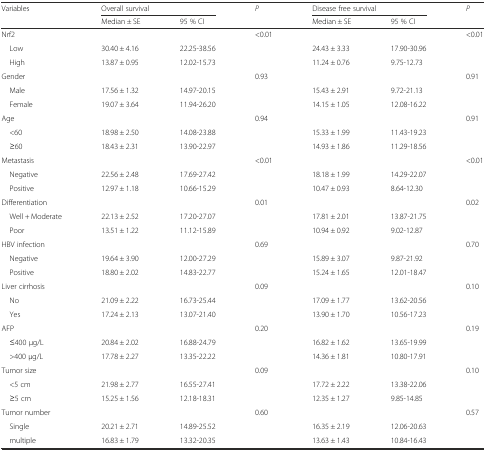
<table><thead><tr><td><b>Variables</b></td><td colspan="2"><b>Overall survival</b></td><td><b><i>P</i></b></td><td colspan="2"><b>Disease free survival</b></td><td><b><i>P</i></b></td></tr><tr><td></td><td><b>Median ± SE</b></td><td><b>95 % CI</b></td><td></td><td><b>Median ± SE</b></td><td><b>95 % CI</b></td><td></td></tr></thead><tbody><tr><td>Nrf2</td><td></td><td></td><td>&lt;0.01</td><td></td><td></td><td>&lt;0.01</td></tr><tr><td> Low</td><td>30.40 ± 4.16</td><td>22.25-38.56</td><td></td><td>24.43 ± 3.33</td><td>17.90-30.96</td><td></td></tr><tr><td> High</td><td>13.87 ± 0.95</td><td>12.02-15.73</td><td></td><td>11.24 ± 0.76</td><td>9.75-12.73</td><td></td></tr><tr><td>Gender</td><td></td><td></td><td>0.93</td><td></td><td></td><td>0.91</td></tr><tr><td> Male</td><td>17.56 ± 1.32</td><td>14.97-20.15</td><td></td><td>15.43 ± 2.91</td><td>9.72-21.13</td><td></td></tr><tr><td> Female</td><td>19.07 ± 3.64</td><td>11.94-26.20</td><td></td><td>14.15 ± 1.05</td><td>12.08-16.22</td><td></td></tr><tr><td>Age</td><td></td><td></td><td>0.94</td><td></td><td></td><td>0.91</td></tr><tr><td> &lt;60</td><td>18.98 ± 2.50</td><td>14.08-23.88</td><td></td><td>15.33 ± 1.99</td><td>11.43-19.23</td><td></td></tr><tr><td> ≥60</td><td>18.43 ± 2.31</td><td>13.90-22.97</td><td></td><td>14.93 ± 1.86</td><td>11.29-18.56</td><td></td></tr><tr><td>Metastasis</td><td></td><td></td><td>&lt;0.01</td><td></td><td></td><td>&lt;0.01</td></tr><tr><td> Negative</td><td>22.56 ± 2.48</td><td>17.69-27.42</td><td></td><td>18.18 ± 1.99</td><td>14.29-22.07</td><td></td></tr><tr><td> Positive</td><td>12.97 ± 1.18</td><td>10.66-15.29</td><td></td><td>10.47 ± 0.93</td><td>8.64-12.30</td><td></td></tr><tr><td>Differentiation</td><td></td><td></td><td>0.01</td><td></td><td></td><td>0.02</td></tr><tr><td> Well + Moderate</td><td>22.13 ± 2.52</td><td>17.20-27.07</td><td></td><td>17.81 ± 2.01</td><td>13.87-21.75</td><td></td></tr><tr><td> Poor</td><td>13.51 ± 1.22</td><td>11.12-15.89</td><td></td><td>10.94 ± 0.92</td><td>9.02-12.87</td><td></td></tr><tr><td>HBV infection</td><td></td><td></td><td>0.69</td><td></td><td></td><td>0.70</td></tr><tr><td> Negative</td><td>19.64 ± 3.90</td><td>12.00-27.29</td><td></td><td>15.89 ± 3.07</td><td>9.87-21.92</td><td></td></tr><tr><td> Positive</td><td>18.80 ± 2.02</td><td>14.83-22.77</td><td></td><td>15.24 ± 1.65</td><td>12.01-18.47</td><td></td></tr><tr><td>Liver cirrhosis</td><td></td><td></td><td>0.09</td><td></td><td></td><td>0.10</td></tr><tr><td> No</td><td>21.09 ± 2.22</td><td>16.73-25.44</td><td></td><td>17.09 ± 1.77</td><td>13.62-20.56</td><td></td></tr><tr><td> Yes</td><td>17.24 ± 2.13</td><td>13.07-21.40</td><td></td><td>13.90 ± 1.70</td><td>10.56-17.23</td><td></td></tr><tr><td>AFP</td><td></td><td></td><td>0.20</td><td></td><td></td><td>0.19</td></tr><tr><td> ≤400 μg/L</td><td>20.84 ± 2.02</td><td>16.88-24.79</td><td></td><td>16.82 ± 1.62</td><td>13.65-19.99</td><td></td></tr><tr><td> &gt;400 μg/L</td><td>17.78 ± 2.27</td><td>13.35-22.22</td><td></td><td>14.36 ± 1.81</td><td>10.80-17.91</td><td></td></tr><tr><td>Tumor size</td><td></td><td></td><td>0.09</td><td></td><td></td><td>0.10</td></tr><tr><td> &lt;5 cm</td><td>21.98 ± 2.77</td><td>16.55-27.41</td><td></td><td>17.72 ± 2.22</td><td>13.38-22.06</td><td></td></tr><tr><td> ≥5 cm</td><td>15.25 ± 1.56</td><td>12.18-18.31</td><td></td><td>12.35 ± 1.27</td><td>9.85-14.85</td><td></td></tr><tr><td>Tumor number</td><td></td><td></td><td>0.60</td><td></td><td></td><td>0.57</td></tr><tr><td> Single</td><td>20.21 ± 2.71</td><td>14.89-25.52</td><td></td><td>16.35 ± 2.19</td><td>12.06-20.63</td><td></td></tr><tr><td> multiple</td><td>16.83 ± 1.79</td><td>13.32-20.35</td><td></td><td>13.63 ± 1.43</td><td>10.84-16.43</td><td></td></tr></tbody></table>